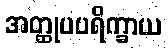
အတ္ထုပပရိက္ခာယ